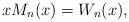
LaTeX: \begin{align*}x M_n(x) = W_n(x),\end{align*}